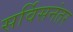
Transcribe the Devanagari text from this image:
सर्विसनंतर